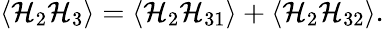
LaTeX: \langle\mathcal{H}_{2}\mathcal{H}_{3}\rangle=\langle\mathcal{H}_{2}\mathcal{H}_{31}\rangle+\langle\mathcal{H}_{2}\mathcal{H}_{32}\rangle.